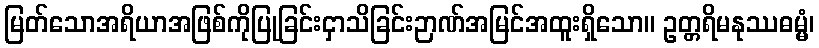
မြတ်သောအရိယာအဖြစ်ကိုပြုခြင်းငှာသိခြင်းဉာဏ်အမြင်အထူးရှိသော။ ဥတ္တရိမနုဿဓမ္မံ၊